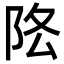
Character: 𨸻